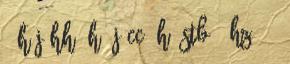
h,J HH h, J CC h, stb. Hz 48